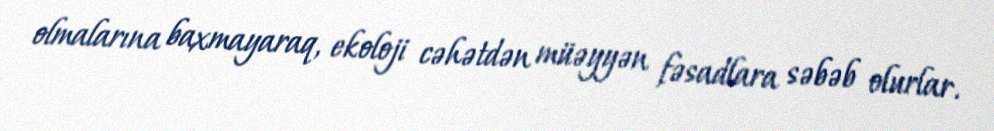
olmalarına baxmayaraq, ekoloji cəhətdən müəyyən fəsadlara səbəb olurlar.